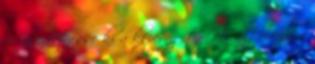
és cseréltesse ki a képernyőt. Ha a telefon a